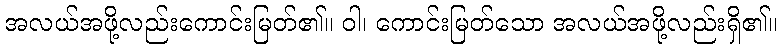
အလယ်အဖို့လည်းကောင်းမြတ်၏။ ဝါ၊ ကောင်းမြတ်သော အလယ်အဖို့လည်းရှိ၏။